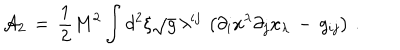
LaTeX: { \cal A } _ { 2 } \, = \, \frac { 1 } { 2 } M ^ { 2 } \int _ { } ^ { } d ^ { 2 } \xi \sqrt { g } \, \lambda ^ { i j } \, \left( \partial _ { i } x ^ { \lambda } \partial _ { j } x _ { \lambda } \, - \, g _ { i j } \right) \, { . }